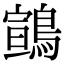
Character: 䳦